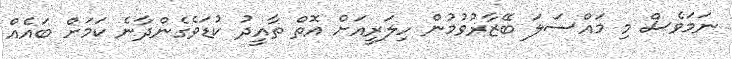
ނަމަވެސް މި މައްސަލަ ބޭޒާރުވުމުން ހިލަރީއަށް އޮތް ތާއީދު ކުޑަވެގެންދާނެ ކަމަށް ބައެއް